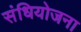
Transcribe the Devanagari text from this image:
संधियोजना